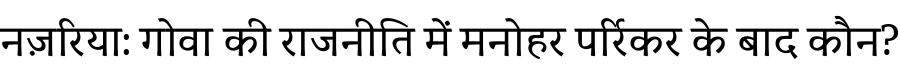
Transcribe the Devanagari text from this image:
नज़रिया: गोवा की राजनीति में मनोहर पर्रिकर के बाद कौन?